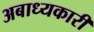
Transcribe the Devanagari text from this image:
अबाध्यकारी